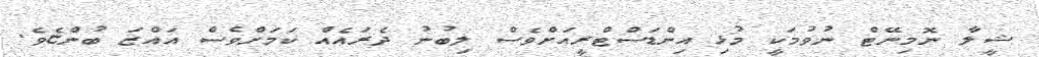
ޝީލާ ނޮމިނޭޓް ނުވުމަކީ މުޅި އިންޑަސްޓްރީއަށްވެސް ލިބުނު ދެރައެއް ކަމަށްވެސް އައްޒަ ބުންޏެވެ.